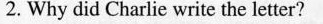
2. Why did Charlie write the letter?